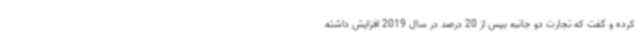
کرده و گفت که تجارت دو جانبه بیس از 20 درصد در سال 2019 افزایش داشته